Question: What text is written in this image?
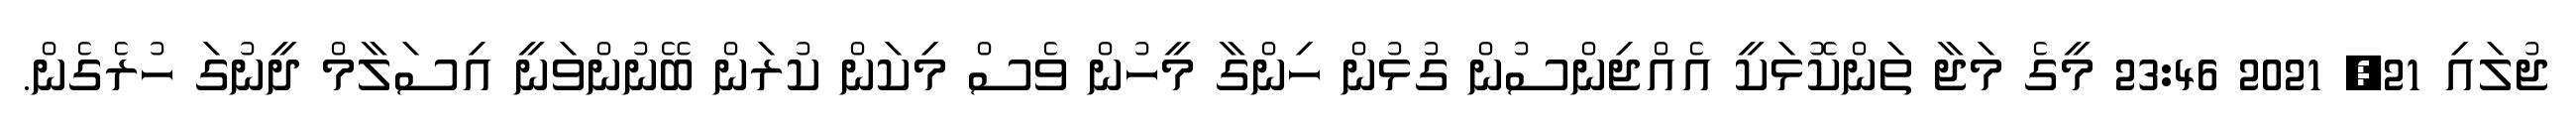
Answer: ޖުލައި 21, 2021 23:46 މީގެ މަޖާ ތަންކޮޅަކީ އެއްޖިންސުން ގުޅުން ހިންގާ މީހުން ވެސް މިކަން ކުރަން ބޭނުންވަނީ އިސަލާމް ދީނުގަ ހުރެގެން.